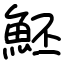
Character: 魾